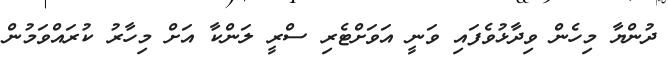
ދުންޔާ މިހެން ވިދާޅުވެފައި ވަނީ އަވަށްޓެރި ސްރީ ލަންކާ އަށް މިހާރު ކުރައްވަމުން